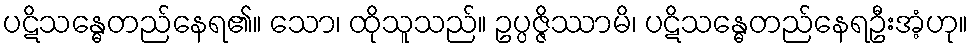
ပဋိသန္ဓေတည်နေရ၏။ သော၊ ထိုသူသည်။ ဥပ္ပဇ္ဇိဿာမိ၊ ပဋိသန္ဓေတည်နေရဦးအံ့ဟု။